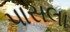
પાસલા